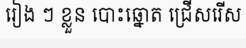
រៀង ៗ ខ្លួន បោះឆ្នោត ជ្រើសរើស